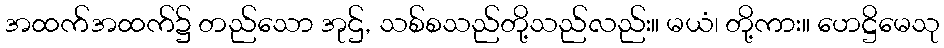
အထက်အထက်၌ တည်သော အုဌ်, သစ်စသည်တို့သည်လည်း။ မယံ၊ တို့ကား။ ဟေဋ္ဌိမေသု